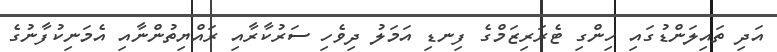
އަދި ތައިލަންޑުގައި ހިންގި ޓެރަރިޒަމްގެ ފިނޑި އަމަލު ދިވެހި ސަރުކާރާއި ރައްޔިތުންނާއި އެމަނިކުފާނުގެ